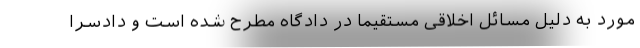
مورد به دلیل مسائل اخلاقی مستقیما در دادگاه مطرح شده است و دادسرا